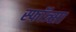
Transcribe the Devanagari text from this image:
स्फॉत्र्सा